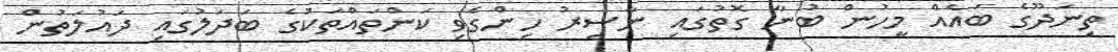
ތިނަދޫގެ ބައެއް މީހުން ބުނާ ގޮތުގައި ނާސިރު ހިންގެވި ކަންތައްތަކުގެ ބަދަލުގައި ދައުލަތުން